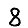
Digit: 8